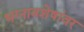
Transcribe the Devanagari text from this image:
भग्नावशेषांवर